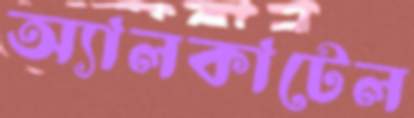
অ্যালকাটেল